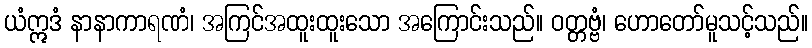
ယံဣဒံ နာနာကာရဏံ၊ အကြင်အထူးထူးသော အကြောင်းသည်။ ဝတ္တဗ္ဗံ၊ ဟောတော်မူသင့်သည်။